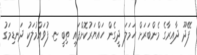
ފޭދޫ ދާއިރާގެ މެންބަރަށް ހަމަލަ ދީގެން ހައްޔަރުކޮށްފައި ތިބިީ ޏ. ފުވައްމުލަކު ދަނޑިމަގު